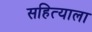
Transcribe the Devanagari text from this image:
सहित्याला